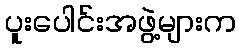
ပူးပေါင်းအဖွဲ့များက